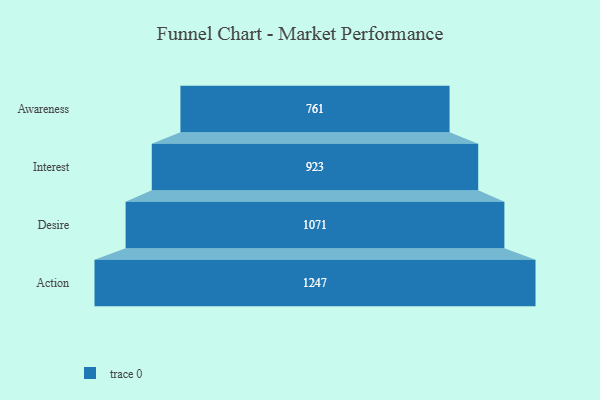
{"axis": {"x": "Stage", "y": "Value"}, "legend": [""], "data": [{"x": "Awareness", "y": 761.0, "type": ""}, {"x": "Interest", "y": 923.0, "type": ""}, {"x": "Desire", "y": 1071.0, "type": ""}, {"x": "Action", "y": 1247.0, "type": ""}]}